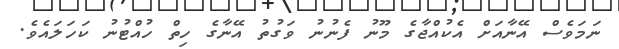
ނަމަވެސް އޭނާއަށް އެކުއްޖާގެ މޫނު ފެނުނު ވަގުތު އޭނާގެ ހިތް ހުއްޓުނު ކަހަލައެވެ.